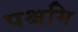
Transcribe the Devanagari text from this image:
पश्चमि